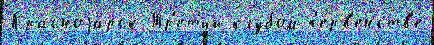
Красноjа́рск Тр'е́т'ий клу́бом п'е́рв'енств'е